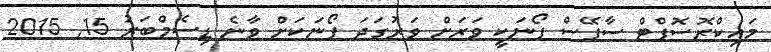
މައިކްރޮސޮފްޓް ސާފޭސް ފޯނަކީ ވަރަށް ވަރުގަދަ ފޯނަކަށް ވާނެ ޑިސެމްބަރު 15